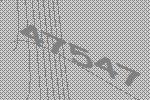
47547